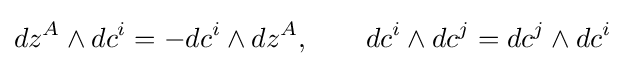
dz^{A}\wedge dc^{i}=-dc^{i}\wedge dz^{A},\qquad dc^{i}\wedge dc^{j}=dc^{j}\wedge dc^{i}